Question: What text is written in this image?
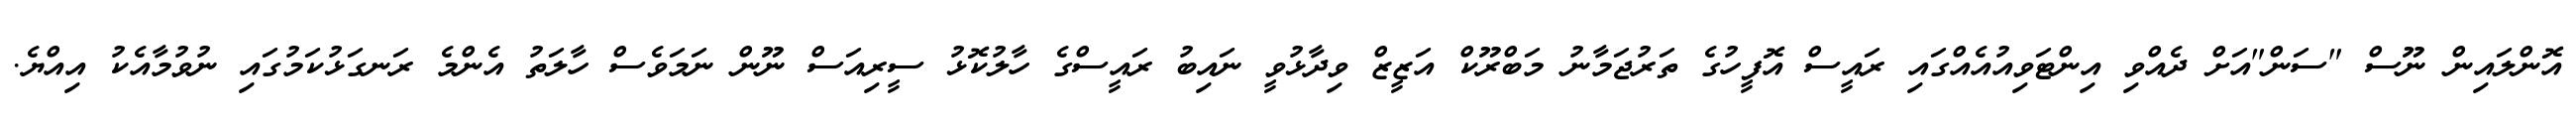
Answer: އޮންލައިން ނޫސް "ސަން"އަށް ދެއްވި އިންޓަވިއުއެއްގައި ރައީސް އޮފީހުގެ ތަރުޖަމާނު މަބްރޫކް އަޒީޒް ވިދާޅުވީ ނައިބު ރައީސްގެ ހާލުކޮޅު ސީރިއަސް ނޫން ނަމަވެސް ހާލަތު އެންމެ ރަނގަޅުކަމުގައި ނުވުމާއެކު އިއްޔެ.